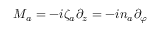
M _ { a } = - i \zeta _ { a } \partial _ { z } = - i n _ { a } \partial _ { \varphi }